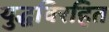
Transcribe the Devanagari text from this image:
युद्धविरहित